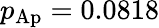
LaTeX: p_{\mathrm{Ap}}=0.0818